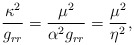
\begin{align*} \frac{\kappa^2}{g_{rr}}=\frac{\mu^2}{\alpha^2g_{rr}}=\frac{\mu^2}{\eta^2},\end{align*}